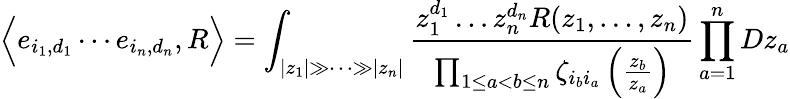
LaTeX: \Big\langle e_{i_{1},d_{1}}\cdots e_{i_{n},d_{n}},R\Big\rangle=\int_{|z_{1}|\gg\dots\gg|z_{n}|}\frac{z_{1}^{d_{1}}\dots z_{n}^{d_{n}}R(z_{1},\dots,z_{n})}{\prod_{1\leq a<b\leq n}\zeta_{i_{b}i_{a}}\left(\frac{z_{b}}{z_{a}}\right)}\prod_{a=1}^{n}Dz_{a}